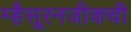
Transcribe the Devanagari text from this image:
म्हैसूरनजीकची